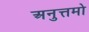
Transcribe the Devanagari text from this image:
अनुत्तमो